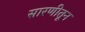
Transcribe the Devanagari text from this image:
सारणीतून